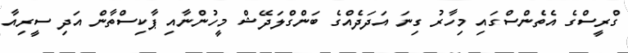
ގްރީސްގެ އެތެންސްގައި މިހާރު ގިނަ އަދަދެއްގެ ބަންގްލަދޭޝް މީހުންނާއި ޕާކިސްތާން އަދި ސީރިއާ